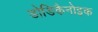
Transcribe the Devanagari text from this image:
डोडिकैनोइक